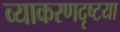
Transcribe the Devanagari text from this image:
व्याकरणदृष्टया